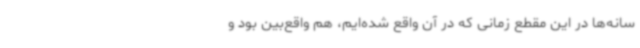
سانه‌ها در این مقطع زمانی که در آن واقع شده‌ایم، هم واقع‌بین بود و